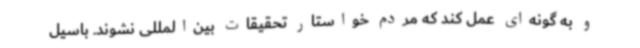
و به گونه‌ای عمل کند که مردم خواستار تحقیقات بین‌المللی نشوند. باسیل